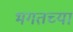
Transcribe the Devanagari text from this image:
भगतच्या